Vital statistics of India. Vol. VI, European troops 1870-79
Year: 1870
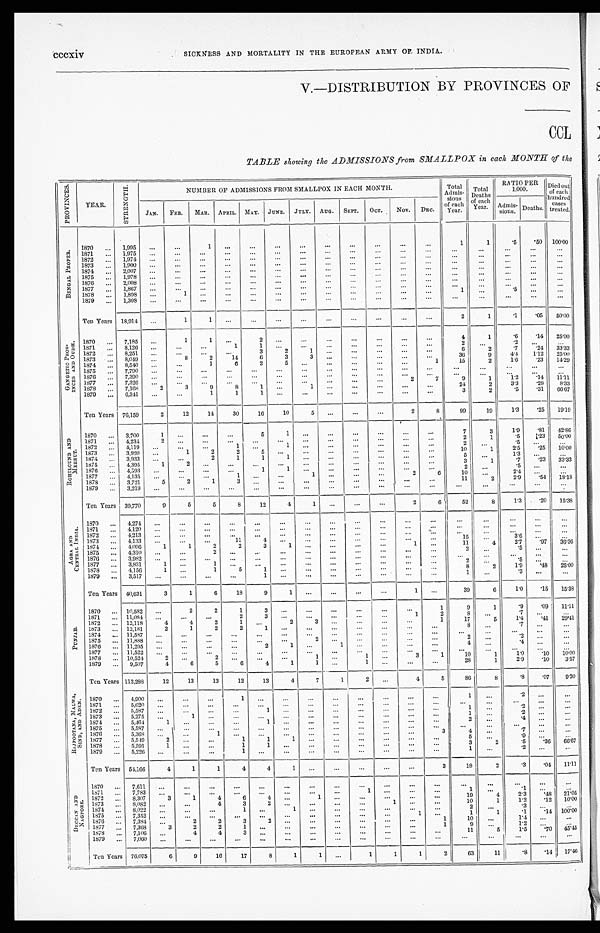
cccxiv SICKNESS AND MORTALITY IN THE EUROPEAN ARMY OF INDIA.
V.—DISTRIBUTION BY PROVINCES OF
CCL
TABLE showing the ADMISSIONS from SMALLPOX in each MONTH of the
P R O V I N C E S .
YEAR.
S T R E N G T H .
N U M B E R O F A D M I S S I O N S F R O M S M A L L P O X I N E A C H M O N T H .
T o t a l A d m i s -
sions
of each
Year.
Total
Deaths o f e a c h
Year.
RATIO PER
1,000.
Died out
of each
hundred
cases
t r eat ed.
JAN. FEB.
MAR. APRIL.
M A Y .
JUNE. JULY. AUG. SEPT. OCT. NOV.
DEC.
Admis-
sions. Deaths.
B E N G A L P R O P E R .
1870
. . .
1,995 ...
...
1 ...
. . . ...
...
...
...
...
...
...
1
1
.5
.50 100. 00
1871
. . . 1,975 ...
. . . ...
...
. . . ...
...
...
. . .
. . .
. . .
. . .
. . .
. . .
. . .
. . .
. . .
1872
. . . 1,974 ...
. . . ...
...
. . . ...
. . .
...
. . .
. . .
. . .
...
. . .
. . .
...
. . .
. . .
1873
. . . 1,900 ...
. . .
. . . ...
...
...
... ...
. . . ...
...
. . .
. . . ...
...
...
. . .
1874 ... 2,007 ...
. . . ...
. . . . . .
. . .
...
...
...
...
. . .
. . .
. . .
...
...
...
. . .
1875 ... 1,978 ...
. . . ...
. . . . . . ...
... ...
. . .
. . .
. . .
. . .
. . .
. . .
...
. . .
. . .
1876 ... 2,008 ...
. . . ...
. . . . . .
. . .
... ...
. . .
. . .
. . .
. . .
. . .
. . .
...
. . . . . .
1877 ... 1,867 ...
...
...
...
...
...
...
...
. . .
. . .
...
...
. . .
. . .
...
. . . ...
1878
. . . 1,898 ...
1 ...
...
. . . ...
. . .
...
...
. . . ...
. . .
1
...
. 5 ...
. . .
1879
... 1,308 ...
. . . ...
...
. . . ...
. . . ...
. . . ...
...
. . .
. . .
. . .
...
...
...
Ten Years 18,914 ...
1
1 ...
...
...
. . .
...
...
...
...
...
2
1
.1
.05 5 0 . 0 0
G A N G E T I C P R O V - I N C E S A N D O U D H .
1870 ... 7,185 ...
1
1 ...
2 ...
...
...
...
...
...
...
4
1
.6
.14 2 5 . 0 0
1871 ... 8,126 ...
...
...
1
1 ...
... ...
. . .
. . .
. . .
. . .
2 ...
. 2
. . .
. . .
1872 ... 8,251 ...
. . .
. . .
. . . 3
2
1 ...
...
...
...
...
6
2
. 7 .24 33.00
1873 ... 8,049 ...
8
2
14
6
3
3 ...
. . . ...
...
...
36
9
4 . 4
1 . 1 2
2 5 . 0 0
1874
. . . 8,540 ...
...
1
6
2
5 ...
...
. . .
. . . ...
1
1 5
2
1 . 6
. 2 3
1 4 . 2 9
1875 ... 7,790 ...
. . .
...
. . . ...
... ...
...
. . .
. . .
. . .
. . .
. . .
. . .
. . .
. . .
. . .
1876 ... 7,390 ...
. . .
. . . ...
. . . ...
...
...
. . .
...
. . .
...
. . .
...
. . .
. . .
. . .
1877 ... 7,326 ...
. . .
. . . ...
...
...
. . . ...
...
...
2
7
9
1
1 . 2
. 1 4
1 1 . 1 1
1878 ... 7,168
2
3
9
8
1 ...
1 ...
. . . ...
...
...
24
2
3 . 3
. 28
8 . 3 3
1879 ... 6,341 ...
. . .
1
1
1 ...
... ...
...
...
. . . ...
3
2
. 5
. 3 1
6 6 . 6 7
Ten Years 76,159
2
12
14
30
16
10
5 ...
...
...
2
8
99
19
1.3
.25 1 9 . 1 9
R O H I L C U N D A N D M E E R U T .
1870 ... 3,700
1
. . . ...
...
5
1
. . .
...
. . .
...
...
. . .
7
3
1.9
.81 4 2 . 8 6
1871 ... 4,234
2
. . .
. . . ...
. . . ... ...
...
. . .
...
. . . ...
2
1
. 5
. 2 3
5 0 . 0 0
1872
. . . 4,119 ...
. . .
. . . 1 ...
1 ...
...
...
...
...
...
2
. . .
.5
. . .
. . .
1873 ... 3,920 ...
1
2
2
5
. . . ...
...
...
. . .
. . . . . . .
1 0
1
2 . 5
. 2 5
1 0 . 0 0
1874 ... 3,933 ...
. . .
2
1
1
1 ...
...
. . . ...
...
...
5 ...
1 . 3 ...
. . .
1875 ... 4,395
1
2 ...
...
...
. . . . . . ...
...
. . . ...
. . .
3
1
. 7
. 2 3
3 3 . 3 3
1876 ... 4,393 ...
. . . ...
...
1
1 ...
...
...
...
. . . ...
2
. . .
.5
. . .
...
1877 ... 4,135 ...
. . .
. . . 1 ...
...
1 ...
...
. . .
2
6
10
...
2.4
. . . ...
1878 ... 3,721
5
2
1
3
. . . ...
. . .
...
...
...
...
. . .
1 1
2
2 . 9
. 5 4
1 8 . 1 8
1879 ... 3,219 ...
. . . ...
...
. . . ... ...
...
. . .
...
. . .
. . .
...
...
...
. . .
. . .
Ten Years 39,770
9
5
5
8
12
4
1 ...
...
...
2
6
52
8
1.3
.20 15. 38
A G R A A N D C E N T R A L I N D I A .
1870 ... 4,274 ...
...
...
...
...
...
...
...
...
. . .
. . .
. . .
. . .
. . .
. . .
. . .
. . .
1871 ... 4,120 ...
. . .
. . . ...
. . . ...
. . . ...
. . .
. . .
. . .
. . .
...
...
. . . ...
...
1872 ... 4,213 ...
...
...
...
. . . ...
. . . ...
. . .
. . .
. . .
. . .
...
. . .
. . .
. . .
. . .
1873 ... 4,133 ...
. . .
. . . 11
4 ...
...
... . . .
...
...
. . .
15 ...
3 . 6 ...
. . .
1874 ... 4,096
1
1
2
2
3
1 ...
...
...
...
1 ...
11
4
2. 7
.97
3 6 . 3 6
1875 ...
4, 310 ...
. . .
2
. . .
. . .
. . .
...
...
. . .
. . . ...
. . .
2
. . .
. 5
. . . ...
1876 ... 3,982 ...
. . .
. . .
. . . ...
... ...
... ...
. . .
. . .
. . .
...
...
. . .
. . .
. . .
1877 ... 3,831
1 ...
1
. . .
. . . ...
...
...
. . .
...
. . .
. . .
. . .
2
. . .
. 5
. . .
1878 ... 4,156
1 ...
1
5
1 ...
. . .
...
. . .
...
...
. . .
8
2
1 . 9
. 4 8 25. 00
1879 ... 3,517 ...
. . . ...
. . .
1 ...
...
...
...
. . .
. . .
. . .
1 ...
. 3
. . .
. . .
Ten Years 40,631
3
1
6
18
9 1
...
...
...
...
1
. . .
39
6
1.0 .15 15. 38
P U N J A B .
1870 ... 10,582 ...
2
2
1
3 ...
...
...
...
...
...
1
9
1
.9
.09 11. 11
1871 ... 11,084 ...
...
...
2
3
...
...
. . .
. . .
1
2
8
. . .
. 7
. . .
. . .
1872 ... 12,118
4
4
2
1 ...
2
3 ...
. . . ...
. . .
1
17
5
1 . 4
. 4 1
2 9 . 4 1
1873 ... 12,181
2
1
2
2
1
. . . ...
... ...
...
. . . ...
8 ...
. 7
. . . ...
1874 ... 11,587 ...
...
...
...
. . .
... ...
...
. . .
. . . ...
...
...
. . .
...
...
. . .
1875 ... 11,888 ...
. . .
...
...
... ...
2
... ...
. . .
. . .
...
2 ...
. 2
. . .
. . .
1876 ... 11,295 ...
. . .
...
...
2
1 ...
1
...
...
. . .
...
4
. . .
. 4 . . .
. . .
1877
. . . 11,522 ...
. . .
...
. . .
...
... ...
...
. . .
. . . ...
...
...
. . . ...
...
. . .
1878 ... 10,524
2
. . .
2
. . .
. . . ... 1
...
1 ...
3
1
10
1
1 . 0 .10
1 0 . 0 0
1879 ... 9,507
4
6
5
6
4
1 1
...
1 ...
...
. . .
28
1
2 . 9
. 1 0
3 . 5 7
Ten Years 112,288
12
13
13
12
13
4
7
12
. . .
4
5
8 6
8
.8
.07
9. 30
R A J P O O T A N A , M A L W A , S I N D , A N D A D E N . 1870 ...
4, 900 . . .
...
...
1 ...
...
...
...
...
...
...
...
1 ...
. 2
. . . ...
1871 ... 5,620
. . .
...
...
. . . ... ...
...
...
...
...
. . . ...
...
...
. . .
...
. . .
1872
. . . 5,587 . . .
. . . ...
...
1 ...
...
...
. . .
. . .
. . .
. . .
1 ...
. 2
. . . ...
1873 ... 5,275 ...
1
. . .
. . .
. . . ...
...
...
...
...
...
...
1
. . .
. 2 . . .
. . .
1874 ... 5,464
1 ...
. . .
. . .
1 ...
...
...
. . .
. . .
. . .
. . .
2
. . .
. 4 . . .
. . .
1875 ... 5, 587
...
. . .
. . .
. . . ... ...
...
...
. . .
. . .
. . . ...
...
. . .
...
. . . ...
1876 ... 5,368 ...
. . .
1 ...
. . . ...
...
...
...
. . . ...
3
4 ...
. 7
. . .
. . .
1877 ... 5,549
2 ...
...
1
1
1 ...
...
. . . ...
...
. . .
5 ...
. 9
. . .
. . .
1878 ... 5,591
1 ...
. . .
1
1 ... ...
...
...
...
...
. . .
3
2
.5
.36
6 6 . 6 7
1879 ... 5,226 ...
. . . ...
1 ...
... ...
...
. . .
. . . ...
. . .
1
. . .
. 2
. . .
. . .
Ten Years 54,166
4
1
1
4
4
1 ...
...
...
...
...
3
18
2
.3
.04 11. 11
D E C C A N A N D N A G P O R E
1870 ... 7,611 ...
. . .
. . .
. . . ...
...
...
...
...
...
...
. . . ...
. . .
. . . ...
...
1871 ... 7,783 ...
...
...
...
... ...
...
...
1 ...
. . . ...
1 ...
.1 ...
. . .
1872
. . . 8,307
3
1
4
6
4 ...
1 ...
...
...
...
...
19
4
2.3
.48 21.05
1873 ... 8,082 ...
...
4
3
2 ...
...
...
...
1 ...
. . .
10
1
1.2
.12
1 0 . 0 0
1874 ... 8,022 ...
. . . ...
1 ...
1 ...
...
...
. . .
. . . ...
2 ...
.3
. . .
. . .
1875 ... 7,352 ...
...
...
...
...
...
...
...
...
1 ...
1
1
.1
.14
1 0 0 . 0 0
1876 ... 7,384
. . .
2
2
3
2 ...
...
...
...
. . .
. . .
1
10 ...
1.4 ...
...
1877 ... 7,368
3
2
2
1 ... ...
...
...
...
...
...
1
9 ...
1.2 ...
...
1878 ... 7,106 ...
4
4
3
... ...
...
...
...
...
...
...
11
5
1.5
.70
4 5 . 4 5
1879 ... 7,060 . . .
...
...
...
...
...
...
...
. . .
. . .
. . .
. . .
. . .
. . . . . .
. . . ...
Ten Years 76,075
6
9
16
17
8
1
1
. . .
1
1
1
2
63
11
.8 .14 17. 46